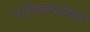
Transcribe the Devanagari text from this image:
ताजिकभाषक